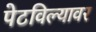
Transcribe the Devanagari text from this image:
पेटविल्यावर